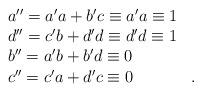
LaTeX: \begin{align*}\begin{array}{ll}a''=a'a+b'c\equiv a'a\equiv 1 &\\d''=c'b+d'd\equiv d'd\equiv 1 &\\b''=a'b+b'd\equiv 0 &\\c''=c'a+d'c\equiv 0 &.\end{array}\end{align*}